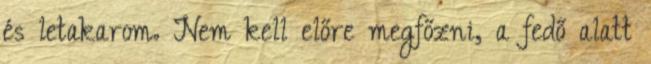
és letakarom. Nem kell előre megfőzni, a fedő alatt